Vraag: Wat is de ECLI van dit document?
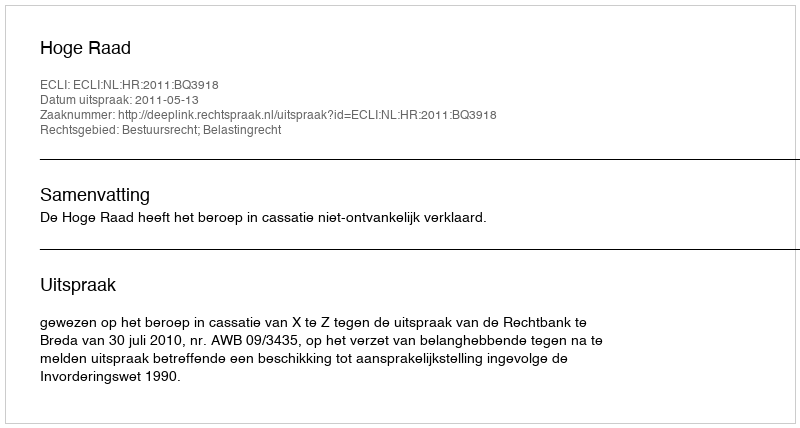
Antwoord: ECLI:NL:HR:2011:BQ3918